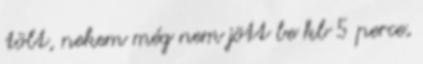
tölt, nekem még nem jött be kb 5 perce,